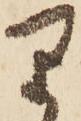
り